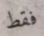
فقط